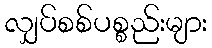
လျှပ်စစ်ပစ္စည်းများ